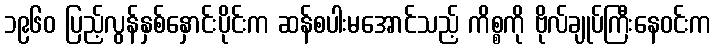
၁၉၆၀ ပြည့်လွန်နှစ်နှောင်းပိုင်းက ဆန်စပါးမအောင်သည့် ကိစ္စကို ဗိုလ်ချုပ်ကြီးနေဝင်းက